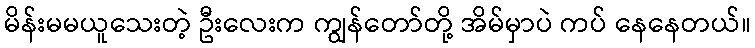
မိန်းမမယူသေးတဲ့ ဦးလေးက ကျွန်တော်တို့ အိမ်မှာပဲ ကပ် နေနေတယ်။